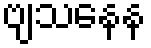
ဗျသနေန